system: You are a helpful assistant.
user:
Analyze the provided spectrum to determine if it is a **"Cataclysmic Variables (CV)"**.

- **Key Indicators for CV (Check for either state):**
    - **State 1: Quiescent / Low-State (Emission-Dominated)**
        - **(Primary):** Strong and *very broad* Hydrogen Balmer emission lines (e.g., $H\alpha$ at 6563 Å, $H\beta$ at 4861 Å). The 'broadness' (high velocity dispersion, often FWHM > 1000 km/s) is the key diagnostic, indicating a high-velocity accretion disk.
        - **(Secondary):** Broad neutral Helium (He I) emission lines (e.g., 5876 Å, 6678 Å).
        - **(Key Confirmation):** Presence of high-excitation *ionized* Helium (He II) emission at 4686 Å. This is a strong indicator of accretion onto a white dwarf.
        - **(Line Profile):** Emission lines may exhibit a 'double-peaked' profile, which is a classic signature of a rotating accretion disk viewed at high inclination.

    - **State 2: Outburst / High-State (Absorption-Dominated)**
        - **(Primary):** Spectrum is dominated by a bright, blue continuum (looks like a hot star).
        - **(Secondary):** The emission lines from State 1 are weak, absent, or 'filled in', and are replaced by broad, shallow *absorption* lines (primarily Balmer and He I).
        - **(Morphology):** The overall spectrum mimics a hot B/A-type star. The crucial difference is that the absorption lines are significantly broader, shallower, and more 'washed-out' (or 'smeared') than the sharp lines of a normal stellar photosphere, due to high rotational speeds and pressure broadening in the disk.

Think first, call **spectral_visualization_tool** if needed to examine features in detail, then provide your final answer. Your response must adhere to the following strict rules:
1.  **Overall Structure:** Your response must follow the format `<think>...</think> <tool_call>...</tool_call> (if a tool is used) <answer>...</answer>`.
2.  **Tool Usage Constraint:** You may only make **one** tool call per turn.
3.  **Final Answer Format:** In the `<answer>` tag, your conclusion must be inside a `\boxed{}` command (e.g., `\boxed{YES}`), followed by your justification.

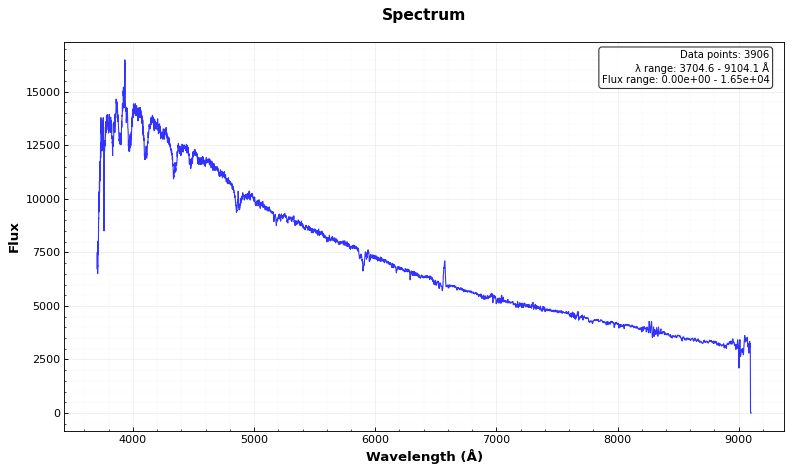
Answer: YES